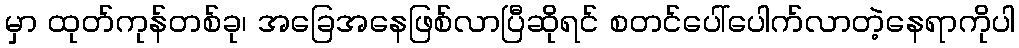
မှာ ထုတ်ကုန်တစ်ခု၊ အခြေအနေဖြစ်လာပြီဆိုရင် စတင်ပေါ်ပေါက်လာတဲ့နေရာကိုပါ